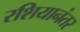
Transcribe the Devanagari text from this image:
रशियानंतर